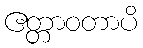
ဧတ္တာဝတာပိ